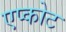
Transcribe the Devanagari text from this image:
एप्कोट